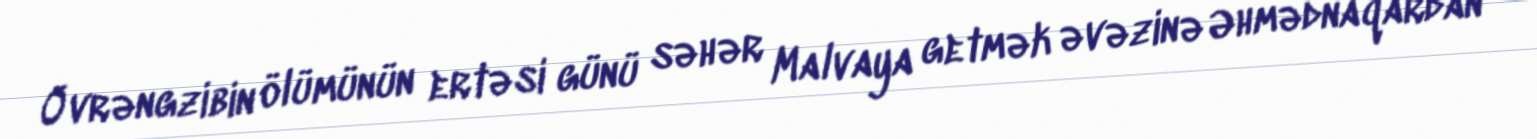
Övrəngzibin ölümünün ertəsi günü səhər Malvaya getmək əvəzinə Əhmədnaqardan